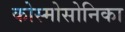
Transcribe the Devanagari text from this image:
कोस्मोसोनिका